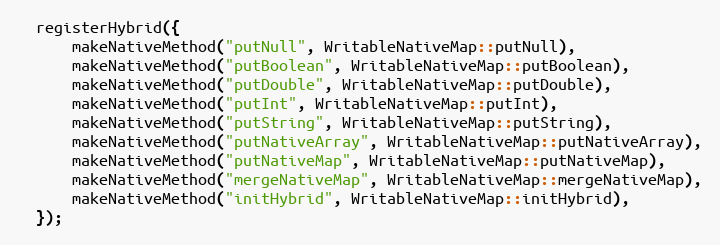
Language: C++
  registerHybrid({
      makeNativeMethod("putNull", WritableNativeMap::putNull),
      makeNativeMethod("putBoolean", WritableNativeMap::putBoolean),
      makeNativeMethod("putDouble", WritableNativeMap::putDouble),
      makeNativeMethod("putInt", WritableNativeMap::putInt),
      makeNativeMethod("putString", WritableNativeMap::putString),
      makeNativeMethod("putNativeArray", WritableNativeMap::putNativeArray),
      makeNativeMethod("putNativeMap", WritableNativeMap::putNativeMap),
      makeNativeMethod("mergeNativeMap", WritableNativeMap::mergeNativeMap),
      makeNativeMethod("initHybrid", WritableNativeMap::initHybrid),
  });